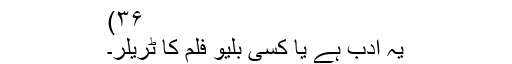
۳۶)
یہ ادب ہے یا کسی بلیو فلم کا ٹریلر۔